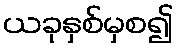
ယခုနှစ်မှစ၍